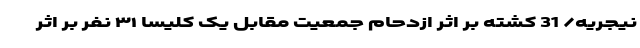
نیجریه/ 31 کشته بر اثر ازدحام جمعیت مقابل یک کلیسا ۳۱ نفر بر اثر